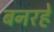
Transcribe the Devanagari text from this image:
बनरहे